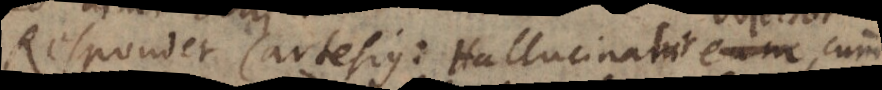
Respondet Cartesius: Hallucinari eum